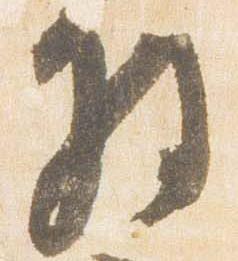
将